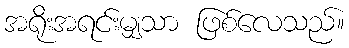
အရိုးအရင်းမျှသာ ဖြစ်လေသည်။